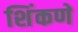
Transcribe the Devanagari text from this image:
शिंकणे